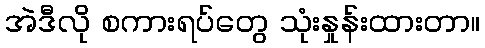
အဲဒီလို စကားရပ်တွေ သုံးနှုန်းထားတာ။